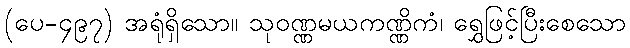
(ပေ-၄၉၇) အရုံရှိသော။ သုဝဏ္ဏမယကဏ္ဏိကံ၊ ရွှေဖြင့်ပြီးစေသော